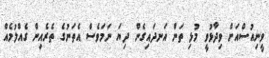
ވީނިއުސްއަށް ވިދާޅުވީ މުޅި ތަން އަނދައިގެން ދިޔަ ނަމަވެސް އެތަނުގެ ތެރެއިން ގެއްލުމެއް